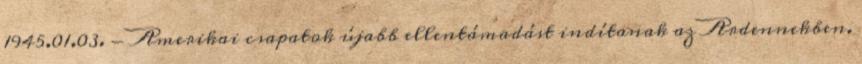
1945.01.03. - Amerikai csapatok újabb ellentámadást indítanak az Ardennekben.